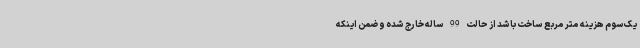
یک‌سوم هزینه متر مربع ساخت باشد از حالت 99 ساله خارج شده و ضمن اینکه